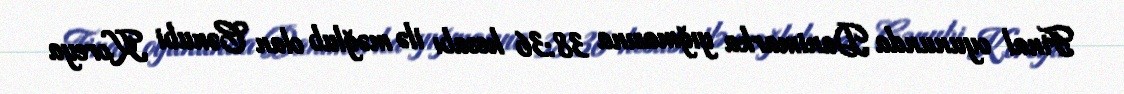
Final oyununda Danimarka yığmasına 38:36 hesabı ilə məğlub olan Cənubi Koreya